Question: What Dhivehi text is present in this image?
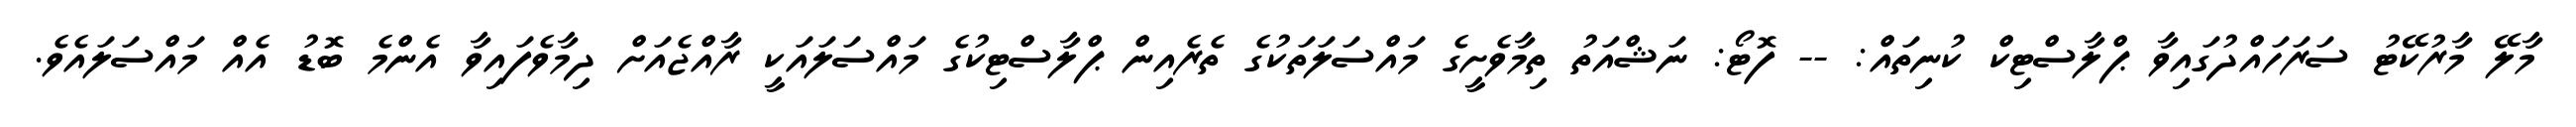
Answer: މާލޭ މާރުކޭޓު ސަރަހައްދުގައިވާ ޕްލާސްޓިކް ކުނިތައް: -- ފޮޓޯ: ނަޝްއަތު ތިމާވެށީގެ މައްސަލަތަކުގެ ތެރެއިން ޕްލާސްޓިކުގެ މައްސަލައަކީ ރާއްޖެއަށް ދިމާވެފައިވާ އެންމެ ބޮޑު އެއް މައްސަލައެވެ.